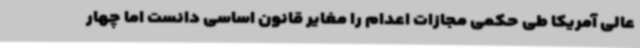
عالی آمریکا طی حکمی مجازات اعدام را مغایر قانون اساسی دانست اما چهار